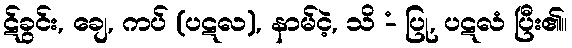
ဋ်ခွင်း, ချေ, ကပ် (ပဋလ), နာမ်ငဲ့, သိ -ံ ပြု, ပဋလံ ပြီး၏။